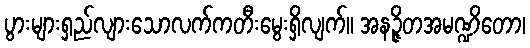
ပွားများရှည်လျားသောလက်ကတီးမွေးရှိလျက်။ အနဉ္ဇိတအမဏ္ဍိတော၊